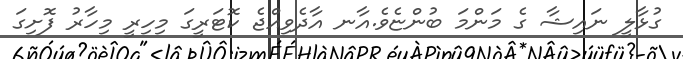
ގުޅާލީ ނައިޝާ ގެ މަންމަ ބުންޏެވެ.އާނ އާދެވިއްޖެ ކޮޓަރީގަ މިހިރީ މިހާރު ފޮށިގަ